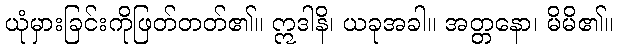
ယုံမှားခြင်းကိုဖြတ်တတ်၏။ ဣဒါနိ၊ ယခုအခါ။ အတ္တနော၊ မိမိ၏။